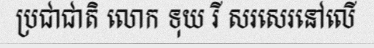
ប្រជាជាតិ លោក ទុយ រី សរសេរនៅលើ